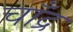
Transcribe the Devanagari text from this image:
चाँद्र